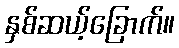
နှစ်ဆယ့်ခြောက်။